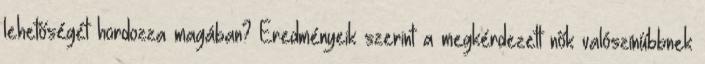
lehetőségét hordozza magában? Eredményeik szerint a megkérdezett nők valószínűbbnek